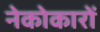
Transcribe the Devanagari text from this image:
नेकोकारों